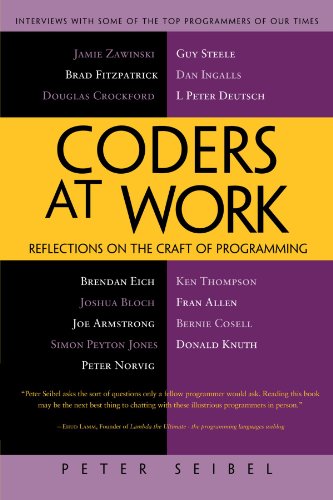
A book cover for Coders at Work: Reflections on the Craft of Programming; Peter Seibel; Business & Money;